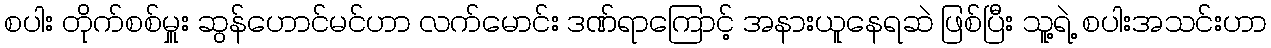
စပါး တိုက်စစ်မှူး ဆွန်ဟောင်မင်ဟာ လက်မောင်း ဒဏ်ရာကြောင့် အနားယူနေရဆဲ ဖြစ်ပြီး သူ့ရဲ့ စပါးအသင်းဟာ